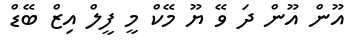
އޫން އޫން ދަ ވޭ ޔޫ މޭކް މީ ފީލް އިޒް ބޭޑް